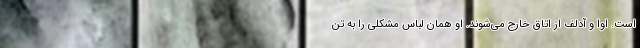
است. اوا و آدلف از اتاق خارج می‌شوند. او همان لباس مشکلی را به تن